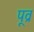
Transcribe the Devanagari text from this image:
पूव्र